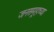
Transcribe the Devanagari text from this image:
जनसमूहाच्या